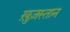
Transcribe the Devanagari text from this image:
ख़ुज़स्तान